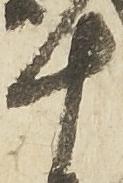
十